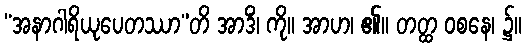
“အနာဂါရိယုပေတဿာ”တိ အာဒိံ၊ ကို။ အာဟ၊ ၏။ တတ္ထ ဝစနေ၊ ၌။